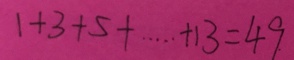
1 + 3 + 5 + \cdots + 1 3 = 4 9